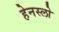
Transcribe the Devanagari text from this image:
हेनस्लो